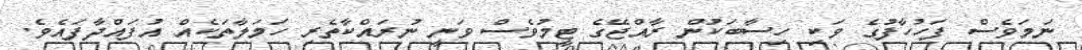
ނަމަވެސް ފަހުހާފުގެ ވަކި ހިސާބަކުން ރާއްޖޭގެ ޓީމުވެސް ވަނީ ނުރައްކާތެރި ހަމަލާތަކެއް އުފައްްދާފައެވެ.